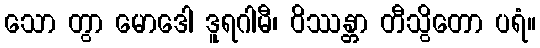
သော တွာ မောဒေါ ဒူရဂါမီ၊ ဝိဿန္တာ တီသွိတော ပရံ။